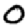
Digit: 0